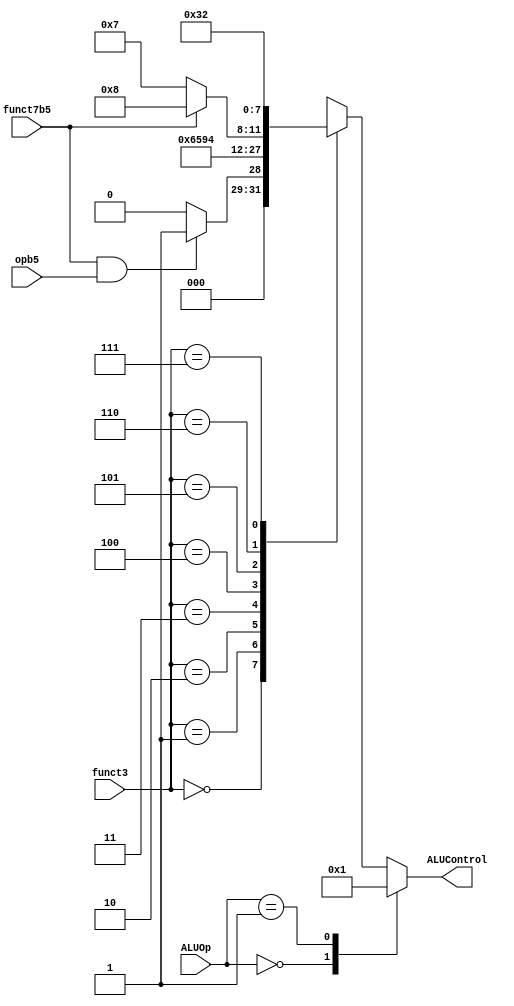
module aludecoder(
	input   opb5,
	input   [2:0] funct3,
	input   funct7b5,
	input   [1:0] ALUOp,
	output reg  [3:0] ALUControl); // expand to 4 bits for sra

	wire RtypeSub;
	assign RtypeSub = funct7b5 & opb5; // TRUE for R-type subtract instruction

	always @(*)
		case(ALUOp)
			2'b00: ALUControl = 4'b000; // addition
			2'b01: ALUControl = 4'b001; // subtraction
			default: case(funct3) // R-type or I-type ALU
					3'b000: begin 
						if (RtypeSub)
							ALUControl = 4'b0001; // sub
						else
							ALUControl = 4'b0000; // add, addi
					end 
					3'b001: ALUControl = 4'b0110; // sll, slli
					3'b010: ALUControl = 4'b0101; // slt, slti
					3'b011: ALUControl = 4'b1001; // sltu
					3'b100: ALUControl = 4'b0100; // xor, xori
					3'b101: begin 
						if (funct7b5)
							ALUControl = 4'b1000; // sra, srai
						else
							ALUControl = 4'b0111; // srl, srli
					end
					3'b110: ALUControl = 4'b0011; // or, ori
					3'b111: ALUControl = 4'b0010; // and, andi
					default: ALUControl = 4'bxxx; // ???
				endcase
		endcase
endmodule